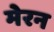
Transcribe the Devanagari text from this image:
मेरन